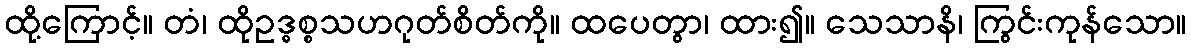
ထို့ကြောင့်။ တံ၊ ထိုဥဒ္ဓစ္စသဟဂုတ်စိတ်ကို။ ထပေတွာ၊ ထား၍။ သေသာနိ၊ ကြွင်းကုန်သော။